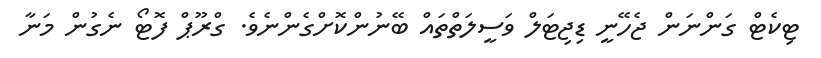
ޓިކެޓް ގަންނަން ޖެހޭނީ ޑިޖިޓަލް ވަސީލަތްތައް ބޭނުންކޮށްގެންނެވެ. ގްރޫޕް ފޮޓޯ ނެގުން މަނާ